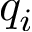
q _ { i }